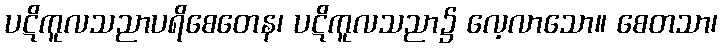
ပဋိကူလသညာပရိစေတေန၊ ပဋိကူလသညာ၌ လေ့လာသော။ စေတသာ၊